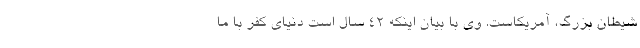
شیطان بزرگ، آمریکاست. وی با بیان اینکه ۴۲ سال است دنیای کفر با ما